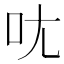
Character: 𫝘